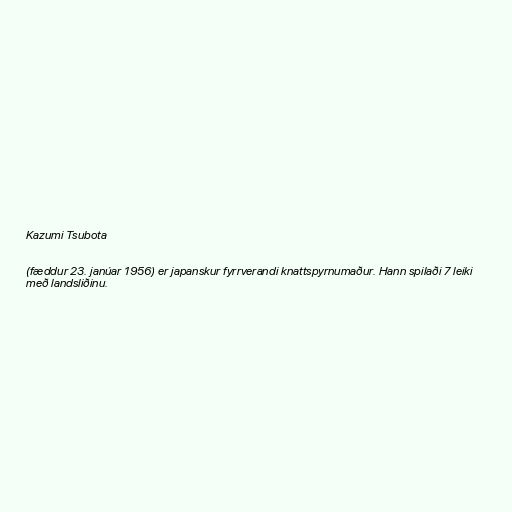
Kazumi Tsubota

(fæddur 23. janúar 1956) er japanskur fyrrverandi knattspyrnumaður. Hann spilaði 7 leiki
með landsliðinu.